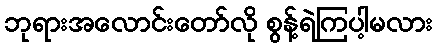
ဘုရားအလောင်းတော်လို စွန့်ရဲကြပါ့မလား